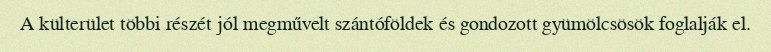
A külterület többi részét jól megművelt szántóföldek és gondozott gyümölcsösök foglalják el.